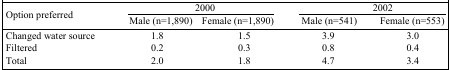
<table><thead><tr><td rowspan="2"><b>Option preferred</b></td><td colspan="2"><b>2000</b></td><td colspan="2"><b>2002</b></td></tr><tr><td><b>Male (n=1,890)</b></td><td><b>Female (n=1,890)</b></td><td><b>Male (n=541)</b></td><td><b>Female (n=553)</b></td></tr></thead><tbody><tr><td>Changed water source</td><td>1.8</td><td>1.5</td><td>3.9</td><td>3.0</td></tr><tr><td>Filtered</td><td>0.2</td><td>0.3</td><td>0.8</td><td>0.4</td></tr><tr><td>Total</td><td>2.0</td><td>1.8</td><td>4.7</td><td>3.4</td></tr></tbody></table>